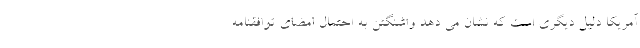
آمریکا دلیل دیگری است که نشان می دهد واشنگتن به احتمال امضای توافقنامه